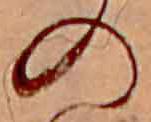
の